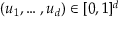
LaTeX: ( u _ { 1 } , \dots , u _ { d } ) \in [ 0 , 1 ] ^ { d }